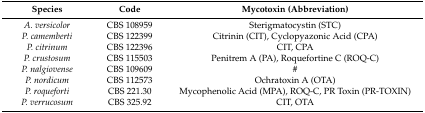
| Species | Code | Mycotoxin (Abbreviation) |
 | --- | --- | --- |
 | A. versicolor | CBS 108959 | Sterigmatocystin (STC) |
 | P. camemberti | CBS 122399 | Citrinin (CIT), Cyclopyazonic Acid (CPA) |
 | P. citrinum | CBS 122396 | CIT, CPA |
 | P. crustosum | CBS 115503 | Penitrem A (PA), Roquefortine C (ROQ-C) |
 | P. nalgiovense | CBS 109609 | # |
 | P. nordicum | CBS 112573 | Ochratoxin A (OTA) |
 | P. roqueforti | CBS 221.30 | Mycophenolic Acid (MPA), ROQ-C, PR Toxin (PR-TOXIN) |
 | P. verrucosum | CBS 325.92 | CIT, OTA |